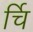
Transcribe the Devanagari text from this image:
र्चि